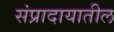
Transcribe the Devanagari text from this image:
संप्रादायातील